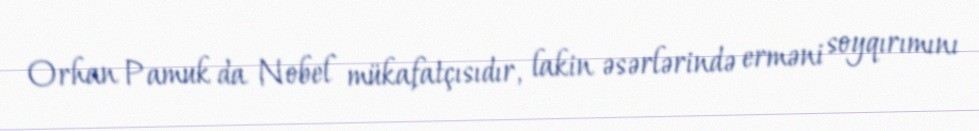
Orhan Pamuk da Nobel mükafatçısıdır, lakin əsərlərində erməni soyqırımını